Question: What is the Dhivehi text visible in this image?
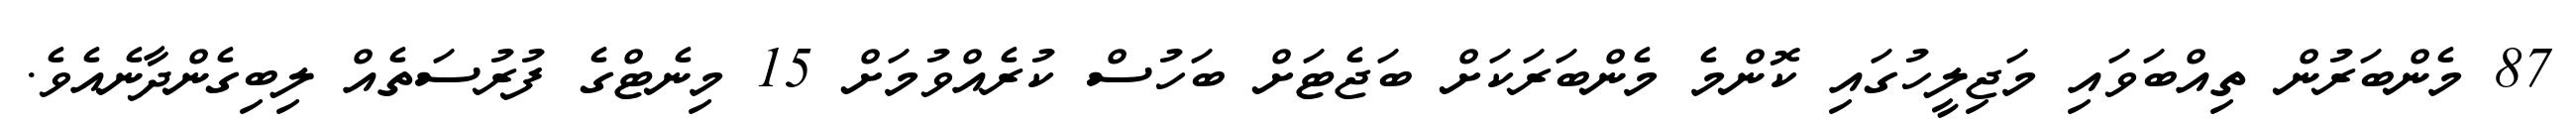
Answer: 87 މެންބަރުން ތިއްބަވައި މަޖިލީހުގައި ކޮންމެ މެންބަރަކަށް ބަޖެޓަށް ބަހުސް ކުރެއްވުމަށް 15 މިނެޓްގެ ފުރުސަތެއް ލިބިގެންދާނެއެވެ.